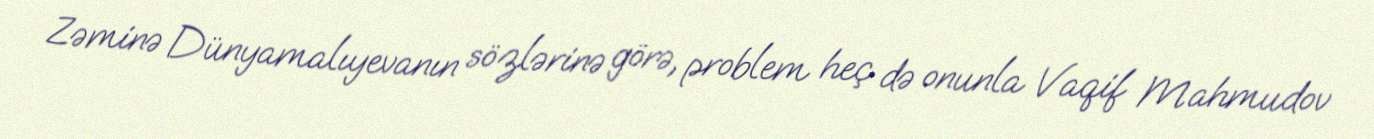
Zəminə Dünyamalıyevanın sözlərinə görə, problem heç də onunla Vaqif Mahmudov